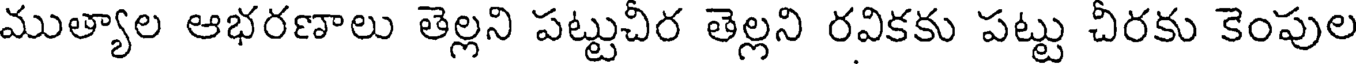
ముత్యాల ఆభరణాలు తెల్లని పట్టుచీర తెల్లని రవికకు పట్టు చీరకు కెంపుల